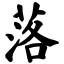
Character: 落